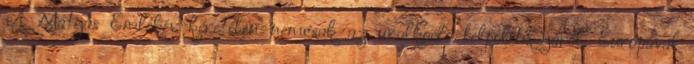
A Mátyás Emlékév keretében nemcsak az uralkodó belpolitikájáról, Európával